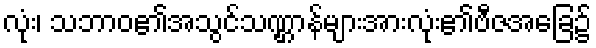
လုံး၊ သဘာဝ၏အသွင်သဏ္ဌာန်များအားလုံး၏ဗီဇအခြေ၌